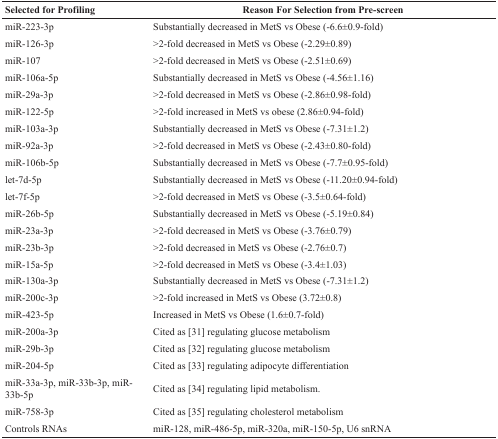
<table><thead><tr><td><b>Selected for Profiling</b></td><td><b>Reason For Selection from Pre-screen</b></td></tr></thead><tbody><tr><td>miR-223-3p</td><td>Substantially decreased in MetS vs Obese (−6.6±0.9-fold)</td></tr><tr><td>miR-126-3p</td><td>&gt;2-fold decreased in MetS vs Obese (−2.29±0.89)</td></tr><tr><td>miR-107</td><td>&gt;2-fold decreased in MetS vs Obese (−2.51±0.69)</td></tr><tr><td>miR-106a-5p</td><td>Substantially decreased in MetS vs Obese (−4.56±1.16)</td></tr><tr><td>miR-29a-3p</td><td>&gt;2-fold decreased in MetS vs Obese (−2.86±0.98-fold)</td></tr><tr><td>miR-122-5p</td><td>&gt;2-fold increased in MetS vs obese (2.86±0.94-fold)</td></tr><tr><td>miR-103a-3p</td><td>Substantially decreased in MetS vs Obese (−7.31±1.2)</td></tr><tr><td>miR-92a-3p</td><td>&gt;2-fold decreased in MetS vs Obese (−2.43±0.80-fold)</td></tr><tr><td>miR-106b-5p</td><td>Substantially decreased in MetS vs Obese (−7.7±0.95-fold)</td></tr><tr><td>let-7d-5p</td><td>Substantially decreased in MetS vs Obese (−11.20±0.94-fold)</td></tr><tr><td>let-7f-5p</td><td>&gt;2-fold decreased in MetS vs Obese (−3.5±0.64-fold)</td></tr><tr><td>miR-26b-5p</td><td>Substantially decreased in MetS vs Obese (−5.19±0.84)</td></tr><tr><td>miR-23a-3p</td><td>&gt;2-fold decreased in MetS vs Obese (−3.76±0.79)</td></tr><tr><td>miR-23b-3p</td><td>&gt;2-fold decreased in MetS vs Obese (−2.76±0.7)</td></tr><tr><td>miR-15a-5p</td><td>&gt;2-fold decreased in MetS vs Obese (−3.4±1.03)</td></tr><tr><td>miR-130a-3p</td><td>Substantially decreased in MetS vs Obese (−7.31±1.2)</td></tr><tr><td>miR-200c-3p</td><td>&gt;2-fold increased in MetS vs Obese (3.72±0.8)</td></tr><tr><td>miR-423-5p</td><td>Increased in MetS vs Obese (1.6±0.7-fold)</td></tr><tr><td>miR-200a-3p</td><td>Cited as [31] regulating glucose metabolism</td></tr><tr><td>miR-29b-3p</td><td>Cited as [32] regulating glucose metabolism</td></tr><tr><td>miR-204-5p</td><td>Cited as [33] regulating adipocyte differentiation</td></tr><tr><td>miR-33a-3p, miR-33b-3p, miR-33b-5p</td><td>Cited as [34] regulating lipid metabolism.</td></tr><tr><td>miR-758-3p</td><td>Cited as [35] regulating cholesterol metabolism</td></tr><tr><td>Controls RNAs</td><td>miR-128, miR-486-5p, miR-320a, miR-150-5p, U6 snRNA</td></tr></tbody></table>